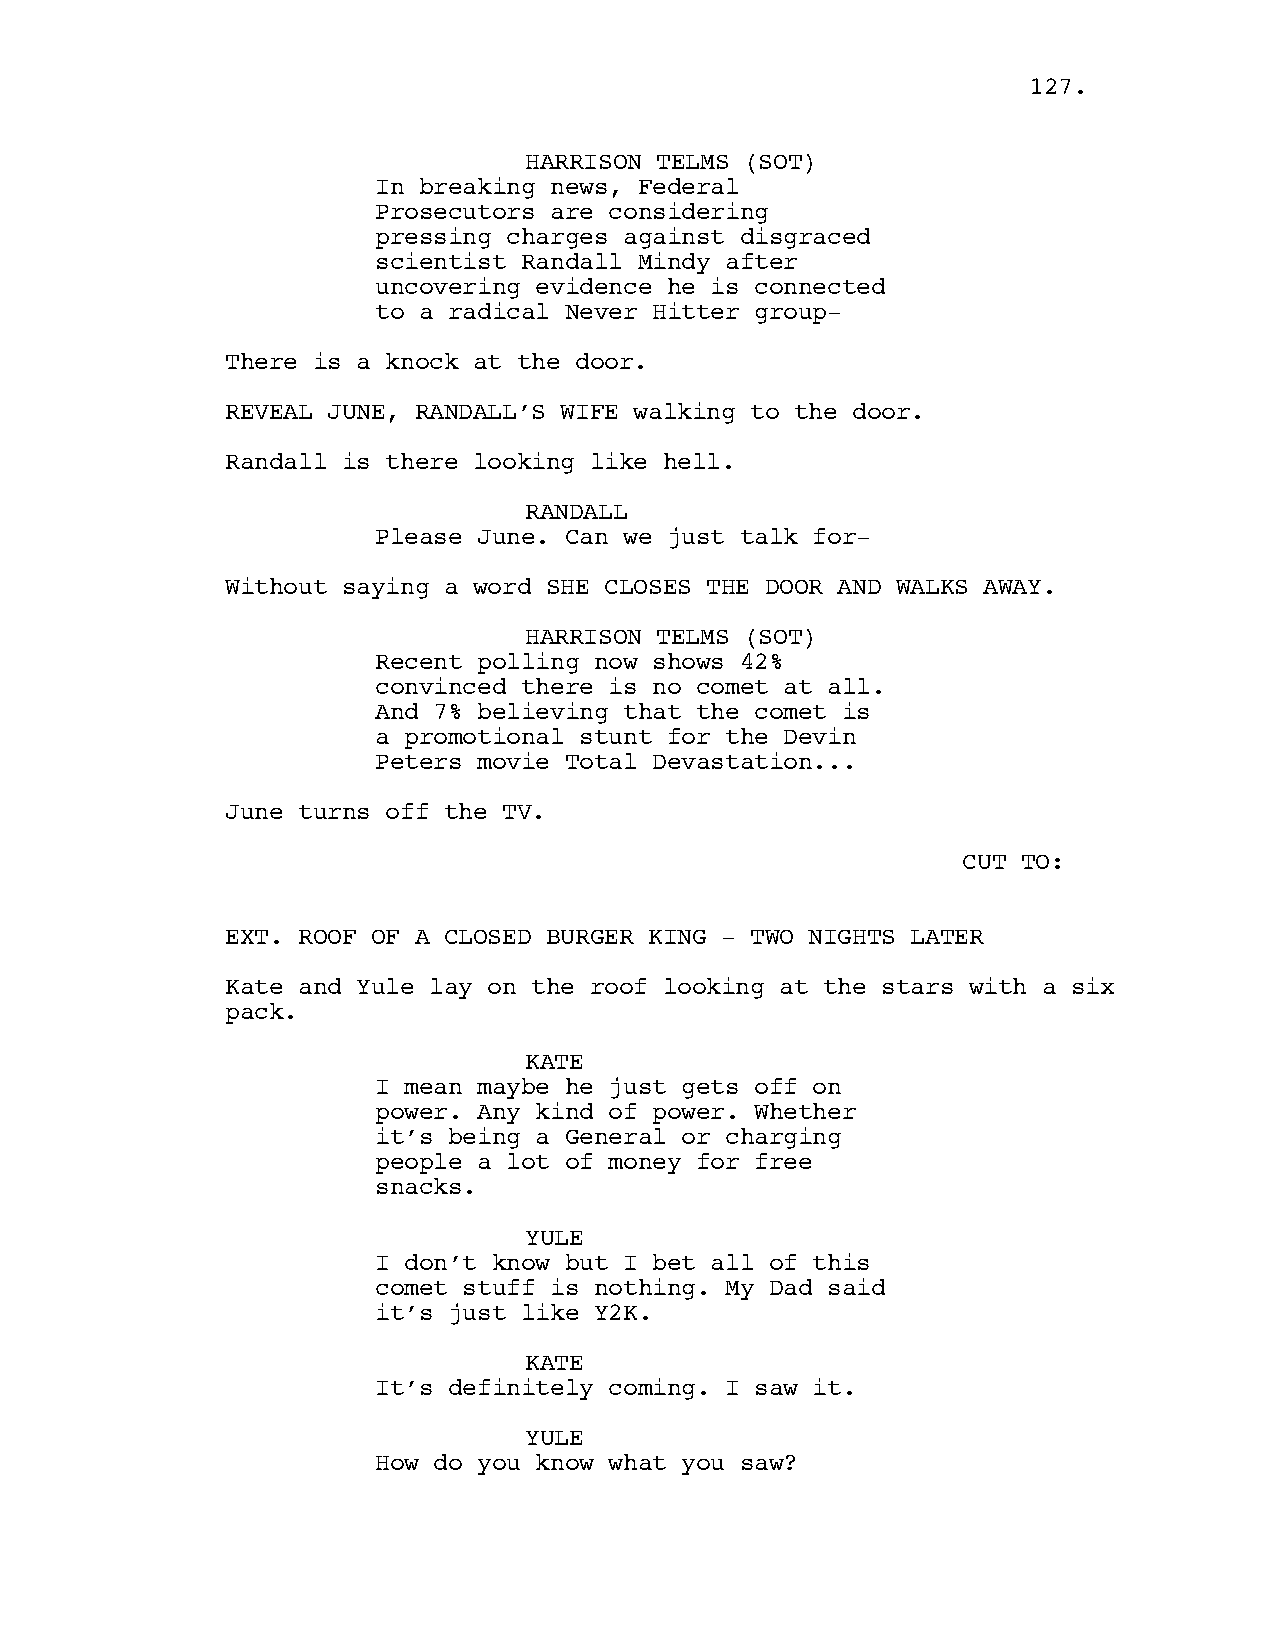
112277..
 HARRISON TELMS (SOT)
 In breaking news, Federal
 Prosecutors are considering
 pressing charges against disgraced
 scientist Randall Mindy after
 uncovering evidence he is connected
 to a radical Never Hitter group-
 There is a knock at the door.
 REVEAL JUNE, RANDALL’S WIFE walking to the door.
 Randall is there looking like hell.
 RANDALL
 Please June. Can we just talk for-
 Without saying a word SHE CLOSES THE DOOR AND WALKS AWAY.
 HARRISON TELMS (SOT)
 Recent polling now shows 42%
 convinced there is no comet at all.
 And 7% believing that the comet is
 a promotional stunt for the Devin
 Peters movie Total Devastation...
 June turns off the TV.
 CUT TO:
 EXT. ROOF OF A CLOSED BURGER KING - TWO NIGHTS LATER
 Kate and Yule lay on the roof looking at the stars with a six
 pack.
 KATE
 I mean maybe he just gets off on
 power. Any kind of power. Whether
 it’s being a General or charging
 people a lot of money for free
 snacks.
 YULE
 I don’t know but I bet all of this
 comet stuff is nothing. My Dad said
 it’s just like Y2K.
 KATE
 It’s definitely coming. I saw it.
 YULE
 How do you know what you saw?